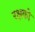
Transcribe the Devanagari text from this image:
रक्षको